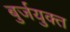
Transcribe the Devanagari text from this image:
बुर्जयुक्त